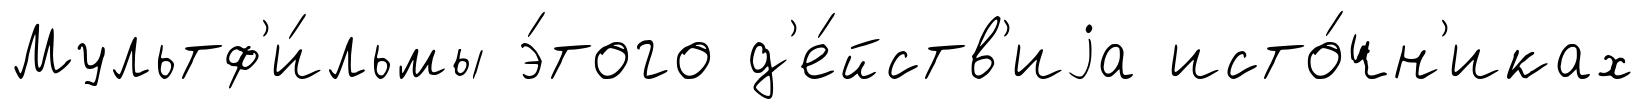
Мультф'и́льмы э́того д'е́йств'иjа исто́чн'иках